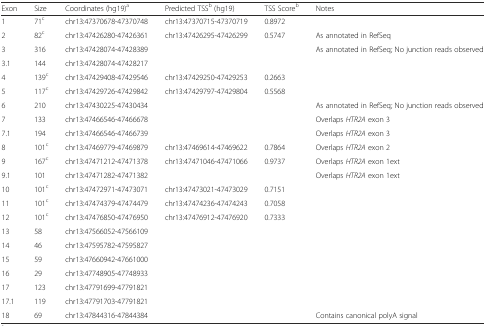
<table><thead><tr><td><b>Exon</b></td><td><b>Size</b></td><td><b>Coordinates (hg19)<sup>a</sup></b></td><td><b>Predicted TSS<sup>b</sup> (hg19)</b></td><td><b>TSS Score<sup>b</sup></b></td><td><b>Notes</b></td></tr></thead><tbody><tr><td>1</td><td>71<sup>c</sup></td><td>chr13:47370678-47370748</td><td>chr13:47370715-47370719</td><td>0.8972</td><td></td></tr><tr><td>2</td><td>82<sup>c</sup></td><td>chr13:47426280-47426361</td><td>chr13:47426295-47426299</td><td>0.5747</td><td>As annotated in RefSeq</td></tr><tr><td>3</td><td>316</td><td>chr13:47428074-47428389</td><td></td><td></td><td>As annotated in RefSeq; No junction reads observed</td></tr><tr><td>3.1</td><td>144</td><td>chr13:47428074-47428217</td><td></td><td></td><td></td></tr><tr><td>4</td><td>139<sup>c</sup></td><td>chr13:47429408-47429546</td><td>chr13:47429250-47429253</td><td>0.2663</td><td></td></tr><tr><td>5</td><td>117<sup>c</sup></td><td>chr13:47429726-47429842</td><td>chr13:47429797-47429804</td><td>0.5568</td><td></td></tr><tr><td>6</td><td>210</td><td>chr13:47430225-47430434</td><td></td><td></td><td>As annotated in RefSeq; No junction reads observed</td></tr><tr><td>7</td><td>133</td><td>chr13:47466546-47466678</td><td></td><td></td><td>Overlaps <i>HTR2A</i> exon 3</td></tr><tr><td>7.1</td><td>194</td><td>chr13:47466546-47466739</td><td></td><td></td><td>Overlaps <i>HTR2A</i> exon 3</td></tr><tr><td>8</td><td>101<sup>c</sup></td><td>chr13:47469779-47469879</td><td>chr13:47469614-47469622</td><td>0.7864</td><td>Overlaps <i>HTR2A</i> exon 2</td></tr><tr><td>9</td><td>167<sup>c</sup></td><td>chr13:47471212-47471378</td><td>chr13:47471046-47471066</td><td>0.9737</td><td>Overlaps <i>HTR2A</i> exon 1ext</td></tr><tr><td>9.1</td><td>101</td><td>chr13:47471282-47471382</td><td></td><td></td><td>Overlaps <i>HTR2A</i> exon 1ext</td></tr><tr><td>10</td><td>101<sup>c</sup></td><td>chr13:47472971-47473071</td><td>chr13:47473021-47473029</td><td>0.7151</td><td></td></tr><tr><td>11</td><td>101<sup>c</sup></td><td>chr13:47474379-47474479</td><td>chr13:47474236-47474243</td><td>0.7058</td><td></td></tr><tr><td>12</td><td>101<sup>c</sup></td><td>chr13:47476850-47476950</td><td>chr13:47476912-47476920</td><td>0.7333</td><td></td></tr><tr><td>13</td><td>58</td><td>chr13:47566052-47566109</td><td></td><td></td><td></td></tr><tr><td>14</td><td>46</td><td>chr13:47595782-47595827</td><td></td><td></td><td></td></tr><tr><td>15</td><td>59</td><td>chr13:47660942-47661000</td><td></td><td></td><td></td></tr><tr><td>16</td><td>29</td><td>chr13:47748905-47748933</td><td></td><td></td><td></td></tr><tr><td>17</td><td>123</td><td>chr13:47791699-47791821</td><td></td><td></td><td></td></tr><tr><td>17.1</td><td>119</td><td>chr13:47791703-47791821</td><td></td><td></td><td></td></tr><tr><td>18</td><td>69</td><td>chr13:47844316-47844384</td><td></td><td></td><td>Contains canonical polyA signal</td></tr></tbody></table>